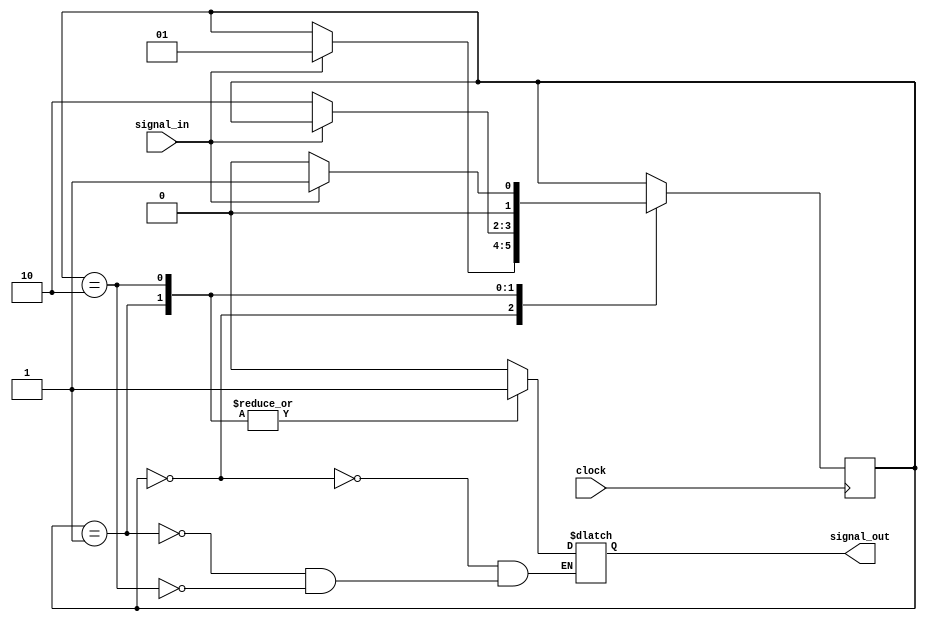
module debounce_circuit (
    input wire signal_in,
    input wire clock,
    output reg signal_out
);

// Define states for the FSM
parameter WAITING = 2'b00;
parameter TRANSITION = 2'b01;
parameter DEBOUNCE = 2'b10;

reg [1:0] state;

always @(posedge clock) begin
    case(state)
        WAITING: begin
            if (signal_in == 1'b1) begin
                state <= TRANSITION;
            end
        end
        TRANSITION: begin
            if (signal_in == 1'b0) begin
                state <= DEBOUNCE;
            end
        end
        DEBOUNCE: begin
            if (signal_in == 1'b1) begin
                state <= TRANSITION;
            end else begin
                state <= WAITING;
            end
        end
    endcase
end

always @(*) begin
    case(state)
        WAITING: begin
            signal_out = 1'b0;
        end
        TRANSITION: begin
            signal_out = 1'b1;
        end
        DEBOUNCE: begin
            signal_out = 1'b1;
        end
    endcase
end

endmodule